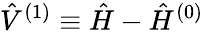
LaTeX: \hat{V}^{(1)}\equiv\hat{H}-\hat{H}^{(0)}